system: You are a helpful assistant.
user:
Analyze the provided spectrum to determine if it is a **White Dwarf (WD)**.

A White Dwarf spectrum is defined by its **extreme purity** (due to gravitational settling) and/or **extreme pressure broadening** (due to high surface gravity). You must check for one of the following mutually exclusive signatures:

- **Key Visual Indicators (Check for ONE of these types):**

    - **1. DA-Type Signature (Most Common):**
        - **(Primary Feature):** Extreme pressure broadening (Stark broadening) of the **Hydrogen (H) Balmer lines**.
        - **(Key Lines):** $H\beta$ (approx. $4861$ Å) and $H\gamma$ (approx. $4340$ Å). $H\alpha$ (approx. $6563$ Å) will also be present if the wavelength range covers it.
        - **(Line Profile):** This is the **defining feature**. The lines are **NOT** sharp. They appear as massive, **extremely broad and deep "troughs" or "dips"** in the spectrum, often hundreds of Ångströms wide. The continuum will appear to "scoop" down at these wavelengths.
        - **(Distinction):** Normal A-type or B-type stars have *narrow* and *sharp* Hydrogen lines. A DA White Dwarf's lines are unmistakably "smeared" or "blurry" from pressure.

    - **2. DB-Type Signature:**
        - **(Primary Feature):** Broad absorption lines from **Neutral Helium (He I)**. The spectrum must lack any visible Hydrogen lines.
        - **(Key Lines):** Look for broad absorption near $4471$ Å, $4921$ Å, and $5876$ Å.
        - **(Line Profile):** These lines are also significantly pressure-broadened, appearing much wider than they would in a normal B-type main-sequence star.

    - **3. DC-Type Signature:**
        - **(Primary Feature):** A **featureless continuous spectrum**.
        - **(Line Profile):** The spectrum is a smooth curve with **no significant absorption or emission lines**.
        - **(Key Confirmation):** The continuum is almost always **blue or white**, indicating a hot object. This signature implies the atmosphere is so pure (or so cool) that no spectral lines are visible in the optical range. Its WD identity is confirmed by its extremely low intrinsic brightness (high absolute magnitude).

    - **4. DZ-Type Signature (Metal-Polluted):**
        - **(Primary Feature):** **Isolated, narrow metal absorption lines** on an otherwise featureless (DC-like) continuum.
        - **(Key Lines):** The **Calcium (Ca II) H & K doublet** (approx. **$3934$ Å** and **$3968$ Å**) is the most common and defining feature.
        - **(Line Profile):** These lines are "out of place." They are *not* part of a "forest" of thousands of lines. This signature is evidence of recent *accretion* (pollution) from rocky debris.
        - **(Distinction):** Normal G/K/M stars have a *dense forest* of thousands of metal lines. A DZ has a *clean* continuum with *only a few* strong metal lines.

    - **5. DQ-Type Signature (Carbon-Polluted):**
        - **(Primary Feature):** Absorption bands from **Carbon (C₂ "Swan Bands" or atomic C I)**.
        - **(Key Lines - C₂):** Look for bandheads with a "saw-tooth" shape near $5635$ Å, **$5165$ Å** (strongest), and $4737$ Å.
        - **(Key Confirmation):** The underlying **continuum must be blue or white** (hot).
        - **(Distinction):** This is the critical difference from a **Carbon Star**, which has the *exact same* C₂ bands but on an extremely **red, cool** continuum.

- **(Overall Spectrum):**
    - The continuum (overall shape) is typically **blue-sloping** (brighter in the blue than the red), as most white dwarfs are very hot.
    - The spectrum will look "pure" or "simple," dominated by only *one* of the five signatures listed above.

Think first, call **spectral_visualization_tool** if needed to examine features in detail, then provide your final answer. Your response must adhere to the following strict rules:
1.  **Overall Structure:** Your response must follow the format `<think>...</think> <tool_call>...</tool_call> (if a tool is used) <answer>...</answer>`.
2.  **Tool Usage Constraint:** You may only make **one** tool call per turn.
3.  **Final Answer Format:** In the `<answer>` tag, your conclusion must be inside a `\boxed{}` command (e.g., `\boxed{YES}` or `\boxed{NO}`), followed by your justification.

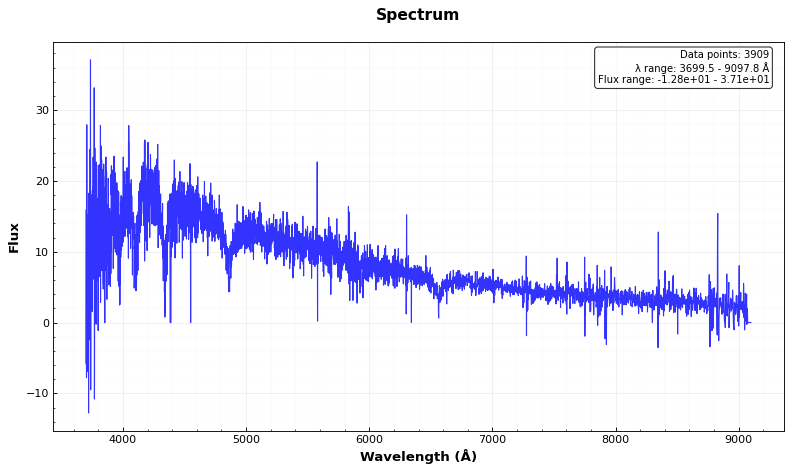
Answer: YES